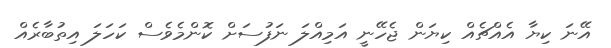
އޭނަ ކިޔާ އެއްޗެއް ކިޔަން ޖެހޭނީ އަމިއްލަ ނަފުސަށް ކޮންމެވެސް ކަހަލަ އިތުބާރެއް